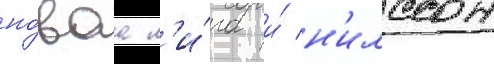
но́ваа л'и́га и́ н'илссон